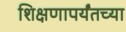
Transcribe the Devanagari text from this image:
शिक्षणापर्यंतच्या